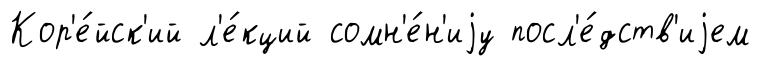
Кор'е́йск'ий л'е́кций сомн'е́н'иjу посл'е́дств'иjем